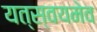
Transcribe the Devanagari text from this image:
यत्स्वयमेव